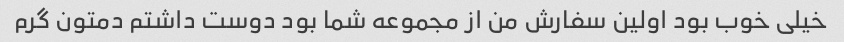
خیلی خوب بود اولین سفارش من از مجموعه شما بود دوست داشتم دمتون گرم